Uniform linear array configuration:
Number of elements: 4
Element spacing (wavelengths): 0.25
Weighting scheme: blackman
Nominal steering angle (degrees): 30
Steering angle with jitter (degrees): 29.651
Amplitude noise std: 0.05
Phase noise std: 0.05

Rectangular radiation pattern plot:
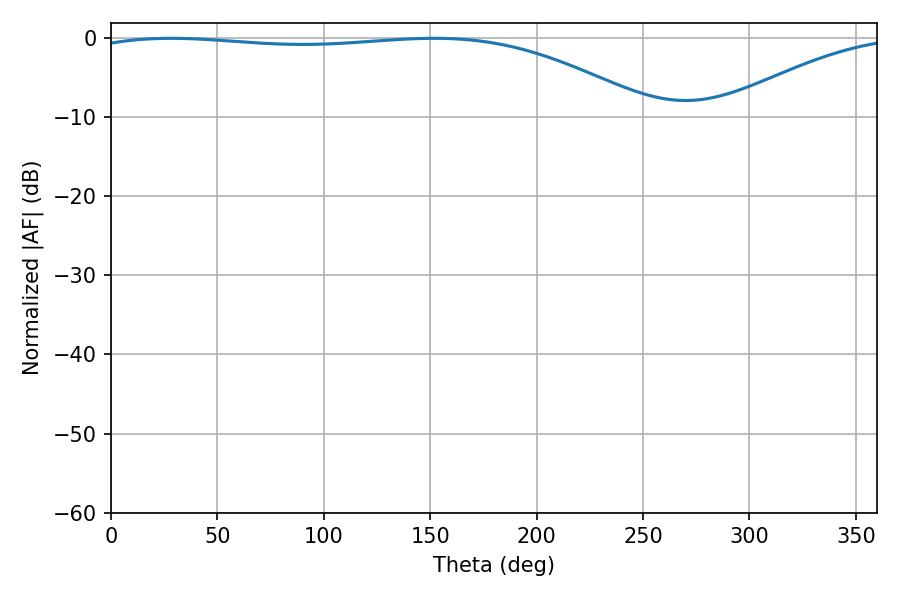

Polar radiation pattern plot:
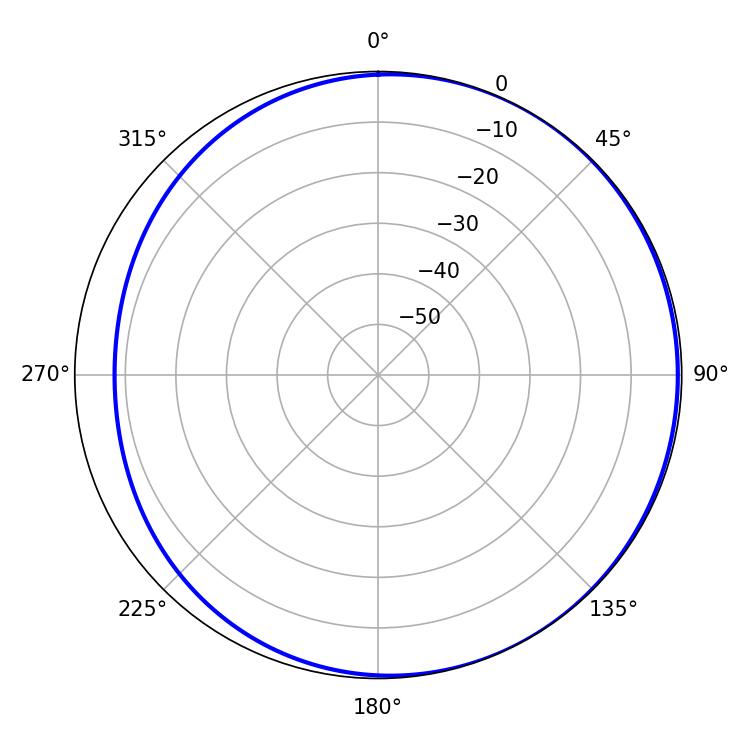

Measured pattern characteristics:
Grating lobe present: FALSE
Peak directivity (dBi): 2.219
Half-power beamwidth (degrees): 211.86
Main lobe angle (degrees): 28.08